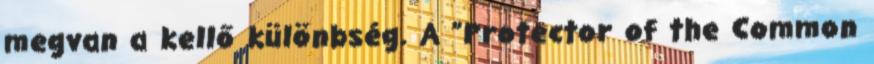
megvan a kellő különbség. A "Protector of the Common